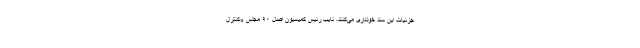
جزئیات این سند خودداری می‌کنند، نایب رئیس کمیسیون اصل ۹۰ مجلس «کنترل